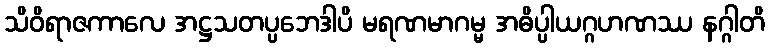
သိဝိရာဇကာလေ အဋ္ဌသတပ္ပဘေဒါပိ မရဏမာဂမ္မ အဓိပ္ပါယဂ္ဂဟဏဿ နဂ္ဂါတိ